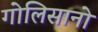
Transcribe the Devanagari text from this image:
गोलिसानो